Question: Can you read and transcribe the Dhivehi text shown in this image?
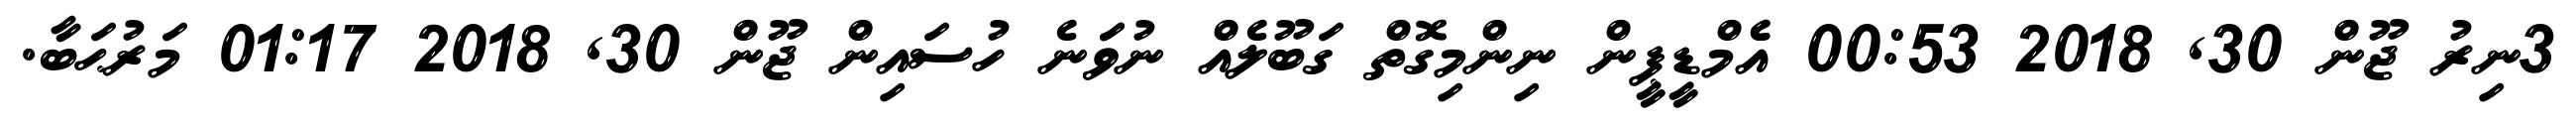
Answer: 3ނިރު ޖޫން 30, 2018 00:53 އެެމްޑީޕީން ނިންމިގޮތް ގަބޫލެއް ނުވަަނެ ހުސައިން ޖޫން 30, 2018 01:17 މަރުޙަބާ.